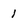
Character: 1